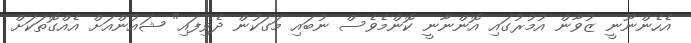
އެހެންނޫނީ ޒުވާން އުމުރުގައި އޮންނާނީ ކޮންމެވެސް ނުބައި މަގަކުން ދެވިފައި" ޝައުންއަށް އެއްގޮތަކަށް